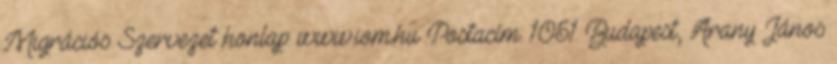
Migrációs Szervezet honlap: www.iom.hu Postacím: 1051 Budapest, Arany János